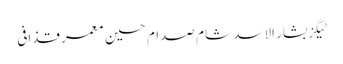
ٹیگزبشار الاسد شام صدام حسین معمر قذافی